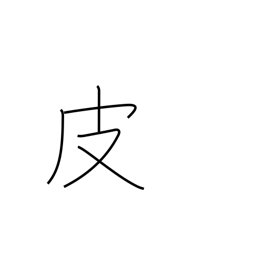
Meaning: leather